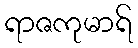
ရာဇကုမာရ်